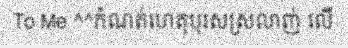
To Me ^^កំណត់ហេតុបុរសស្រលាញ់ លើ